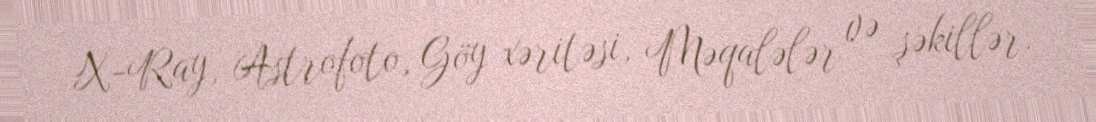
X-Ray, Astrofoto, Göy xəritəsi, Məqalələr və şəkillər.